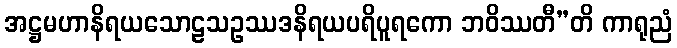
အဋ္ဌမဟာနိရယသောဠသဥဿဒနိရယပရိပူရကော ဘဝိဿတီ”တိ ကာရုညံ